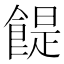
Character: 𩝊